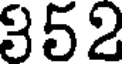
352